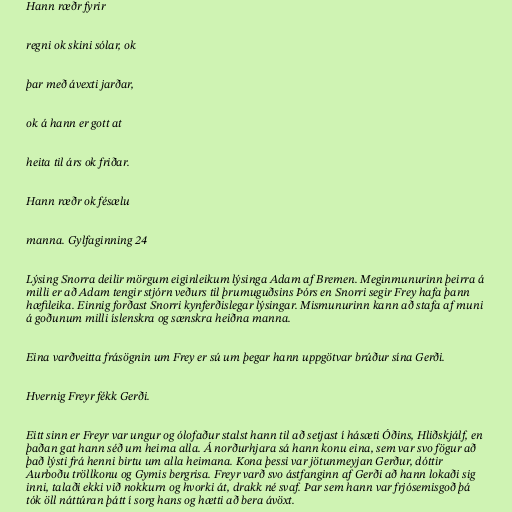
Hann ræðr fyrir

regni ok skini sólar, ok

þar með ávexti jarðar,

ok á hann er gott at

heita til árs ok friðar.

Hann ræðr ok fésælu

manna. Gylfaginning 24

Lýsing Snorra deilir mörgum eiginleikum lýsinga Adam af Bremen. Meginmunurinn þeirra á
milli er að Adam tengir stjórn veðurs til þrumuguðsins Þórs en Snorri segir Frey hafa þann
hæfileika. Einnig forðast Snorri kynferðislegar lýsingar. Mismunurinn kann að stafa af muni
á goðunum milli íslenskra og sænskra heiðna manna.

Eina varðveitta frásögnin um Frey er sú um þegar hann uppgötvar brúður sína Gerði.

Hvernig Freyr fékk Gerði.

Eitt sinn er Freyr var ungur og ólofaður stalst hann til að setjast í hásæti Óðins, Hliðskjálf, en
þaðan gat hann séð um heima alla. Á norðurhjara sá hann konu eina, sem var svo fögur að
það lýsti frá henni birtu um alla heimana. Kona þessi var jötunmeyjan Gerður, dóttir
Aurboðu tröllkonu og Gymis bergrisa. Freyr varð svo ástfanginn af Gerði að hann lokaði sig
inni, talaði ekki við nokkurn og hvorki át, drakk né svaf. Þar sem hann var frjósemisgoð þá
tók öll náttúran þátt í sorg hans og hætti að bera ávöxt.